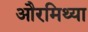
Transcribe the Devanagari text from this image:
औरमिथ्या